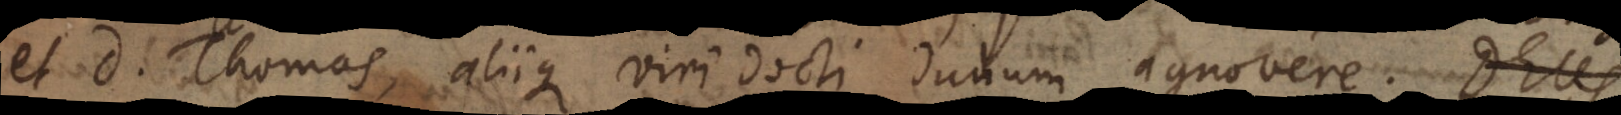
et D. Thomas, aliique viri docti dudum agnovere. Deus